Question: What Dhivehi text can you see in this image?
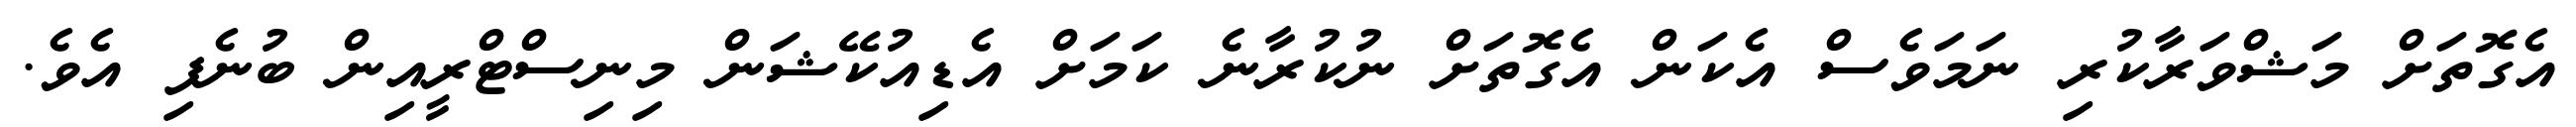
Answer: އެގޮތަށް މަޝްވަރާކުރި ނަމަވެސް އެކަން އެގޮތަށް ނުކުރާނެ ކަމަށް އެޑިއުކޭޝަން މިނިސްޓްރީއިން ބުނެފި އެވެ.